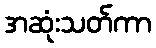
အဆုံးသတ်ကာ